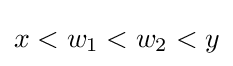
x<w_{1}<w_{2}<y